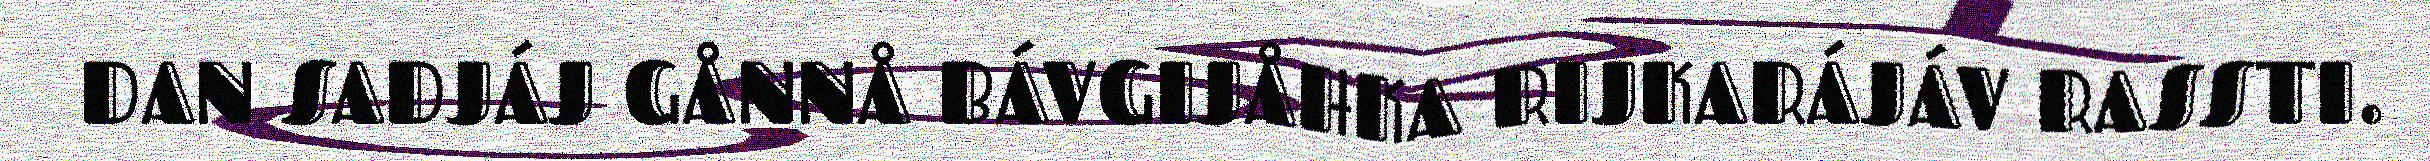
DAN SADJÁJ GÅNNÅ BÁVGIJÅHKA RIJKARÁJÁV RASSTI.